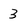
Character: 3